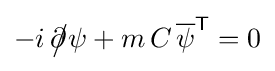
-i\,{\partial \!\!\!{\big /}}\psi +m\,C\,{\overline {\psi }}^{\mathsf {T}}=0